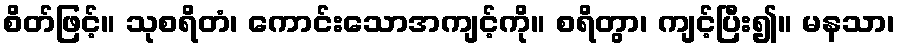
စိတ်ဖြင့်။ သုစရိတံ၊ ကောင်းသောအကျင့်ကို။ စရိတွာ၊ ကျင့်ပြီး၍။ မနသာ၊